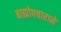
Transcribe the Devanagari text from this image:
बाह्योपचाराने